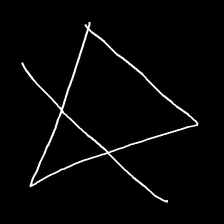
Glyph: empower